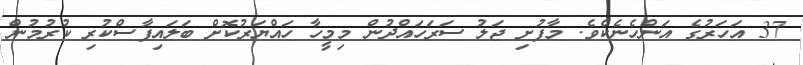
37 އަހަރުގެ އަންހެނެކެވެ. މާފުށި ޖަލު ސަރަހައްދުން މިމީހާ ހައްޔަރުކޮށް ބަލައިފާސްކުރި ކުރުމުން